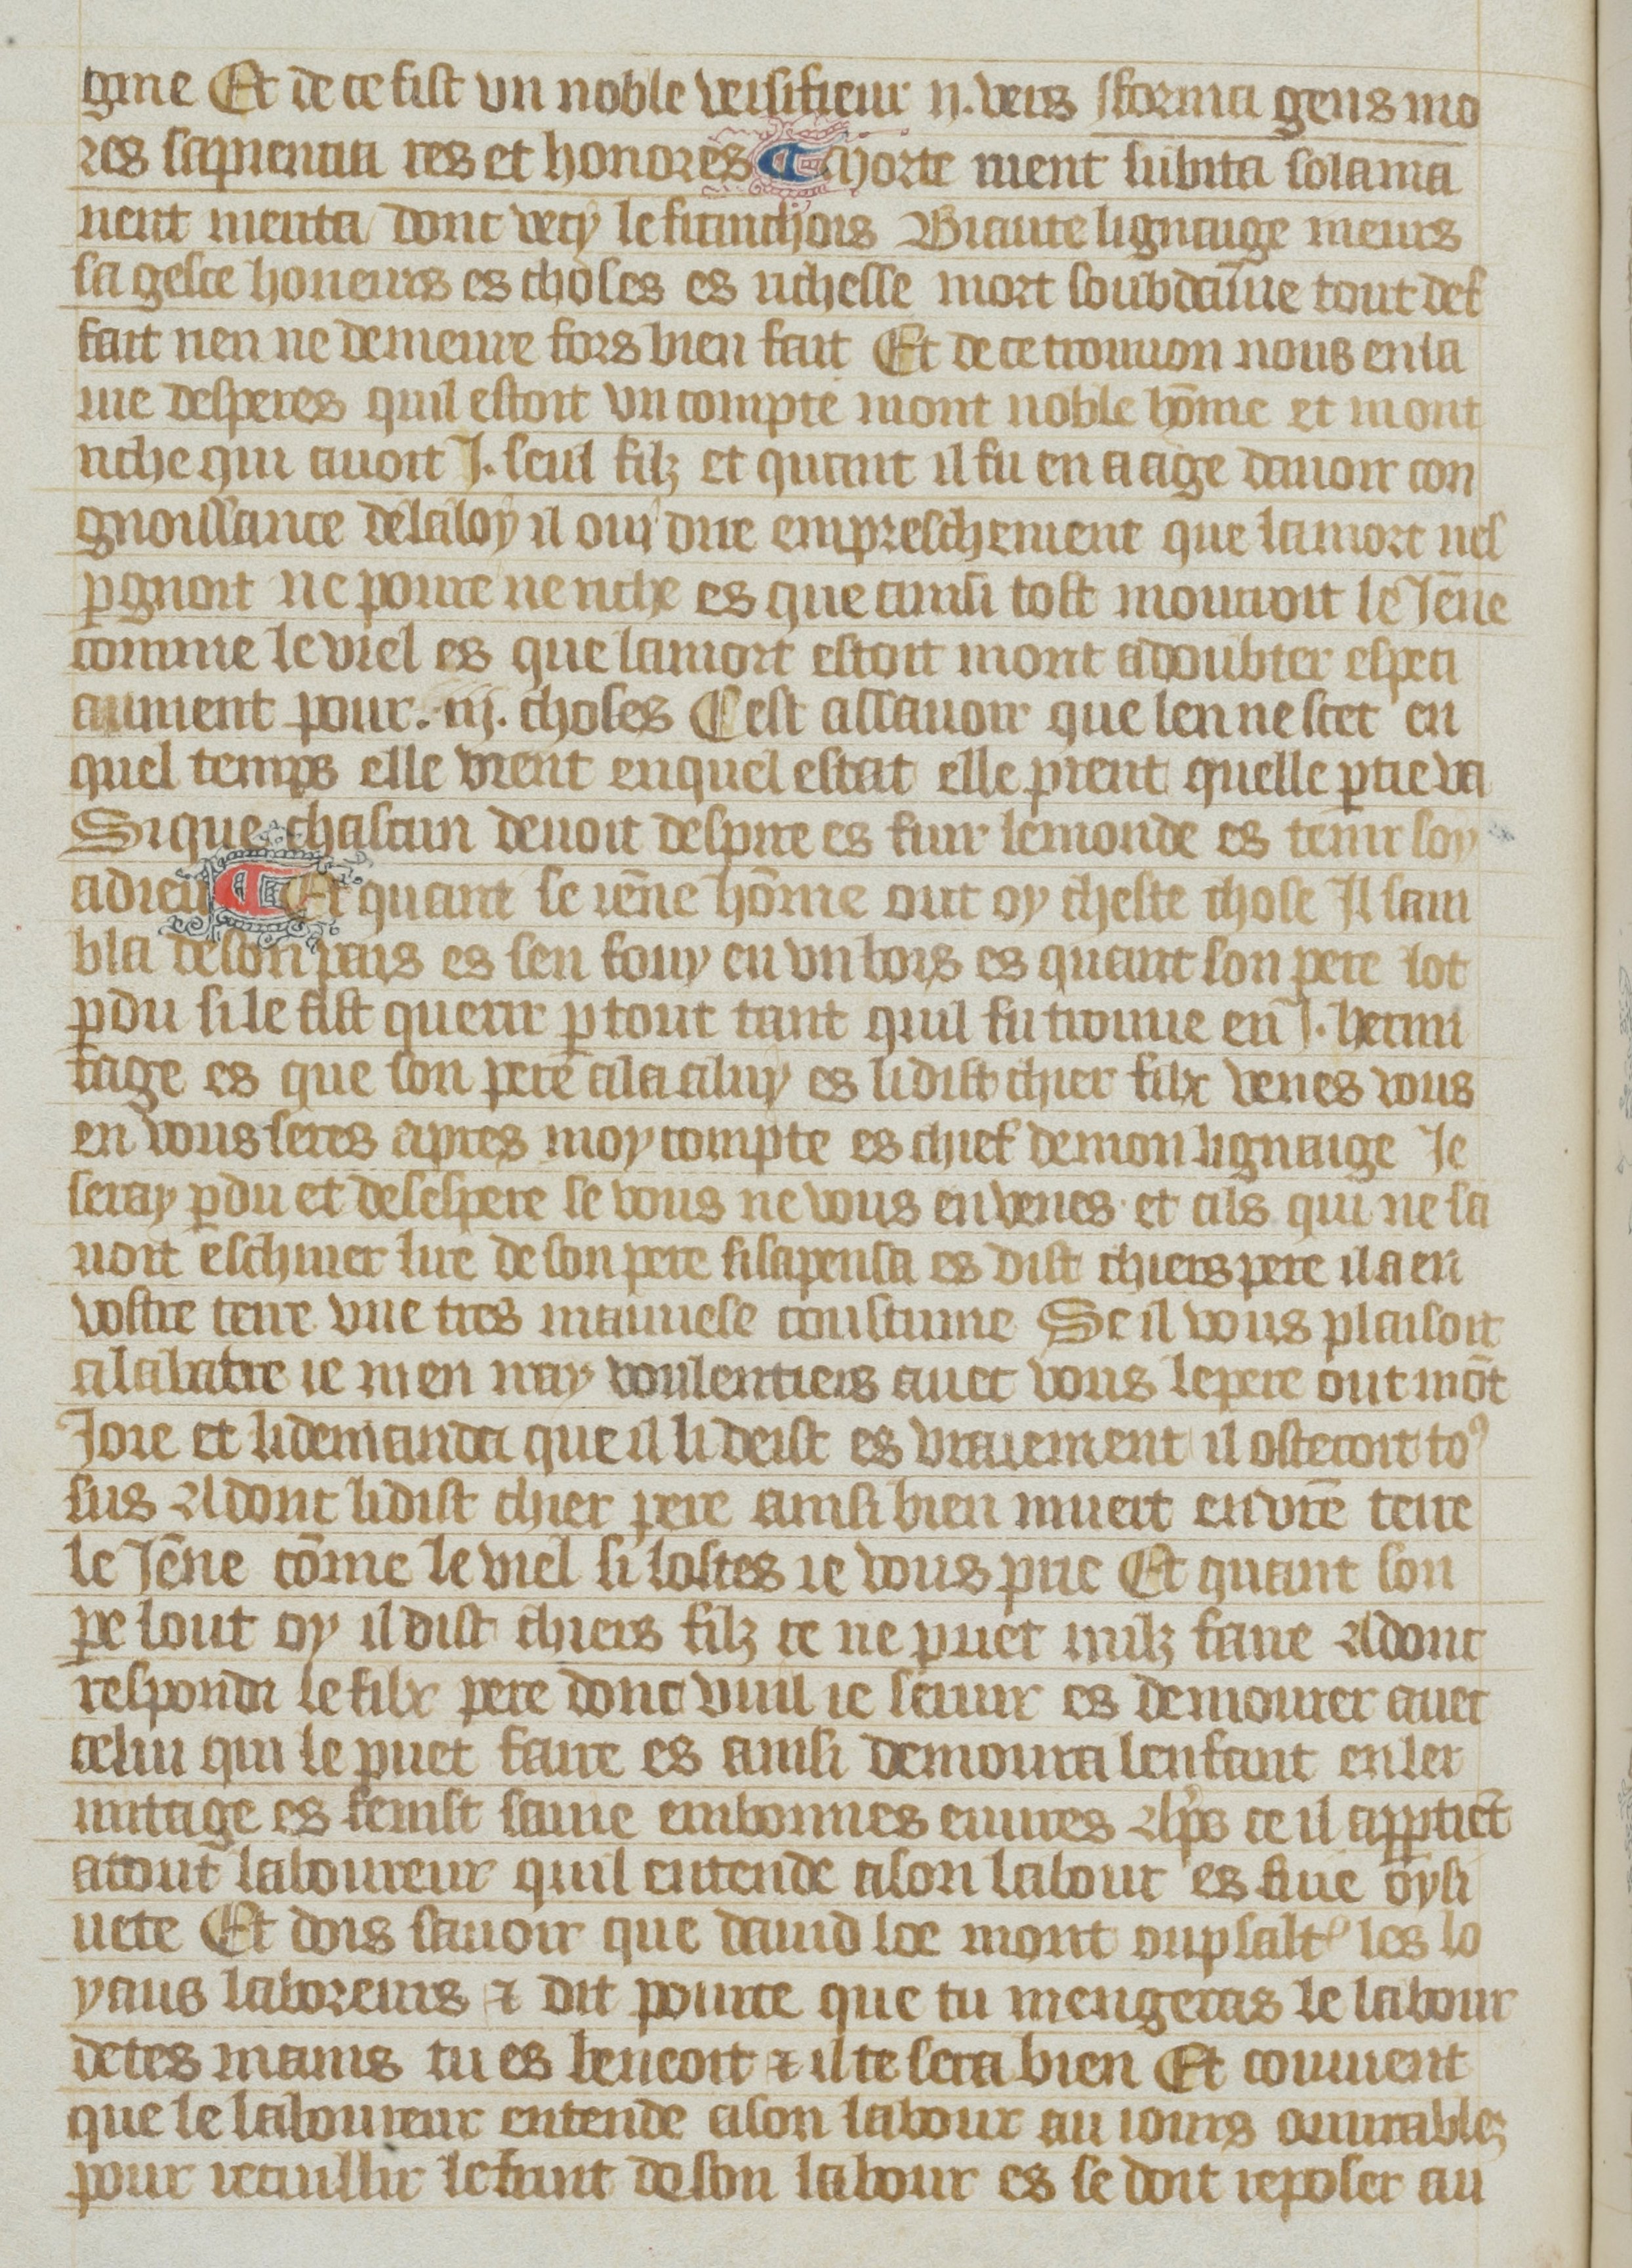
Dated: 1380–1399